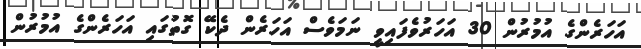
އަހަރެންގެ އުމުރުން 30 އަހަރުވެފައިވީ ނަމަވެސް އަހަރެން ދެކޭ ގޮތުގައި އަހަރެންގެ އުމުރުން